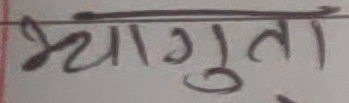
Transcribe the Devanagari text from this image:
भ्यागुता